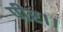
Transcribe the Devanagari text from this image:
पीर।।